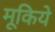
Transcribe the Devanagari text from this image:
मूकिये